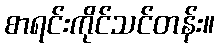
စာရင်းကိုင်သင်တန်း။